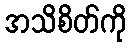
အသိစိတ်ကို